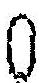
0